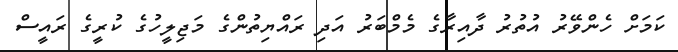
ކަމަށް ހެންވޭރު އުތުރު ދާއިރާގެ މެމްބަރު އަދި ރައްޔިތުންގެ މަޖިލީހުގެ ކުރީގެ ރައީސް